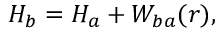
H _ { b } = H _ { a } + W _ { b a } ( r ) ,